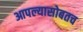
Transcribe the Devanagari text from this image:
आपल्यासोबतच